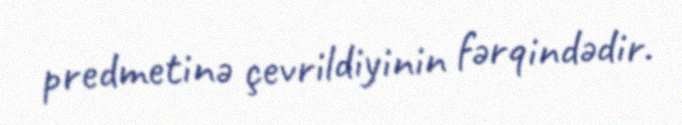
predmetinə çevrildiyinin fərqindədir.